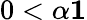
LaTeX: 0<\alpha\le 1